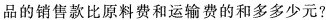
品的销售款比原料费和运输费的和多多少元?